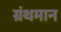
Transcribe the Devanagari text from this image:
ग्रंथमान